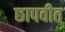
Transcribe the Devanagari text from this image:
छापवीत